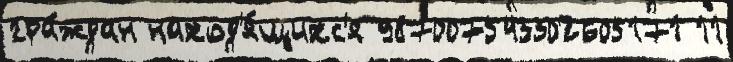
гра́ждан наход'я́щихс'я 987007543302605171 11